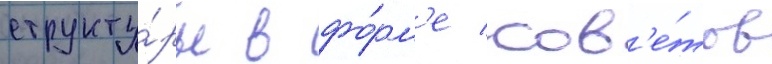
структу́ры в фо́рм'е сов'е́тов